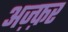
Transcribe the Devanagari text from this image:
अज़्फ़र